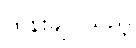
ထိန်းချုပ်သည့်